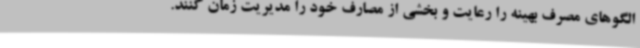
الگوهای مصرف بهینه را رعایت و بخشی از مصارف خود را مدیریت زمان کنند.